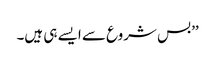
’’بس شروع سے ایسے ہی ہیں۔